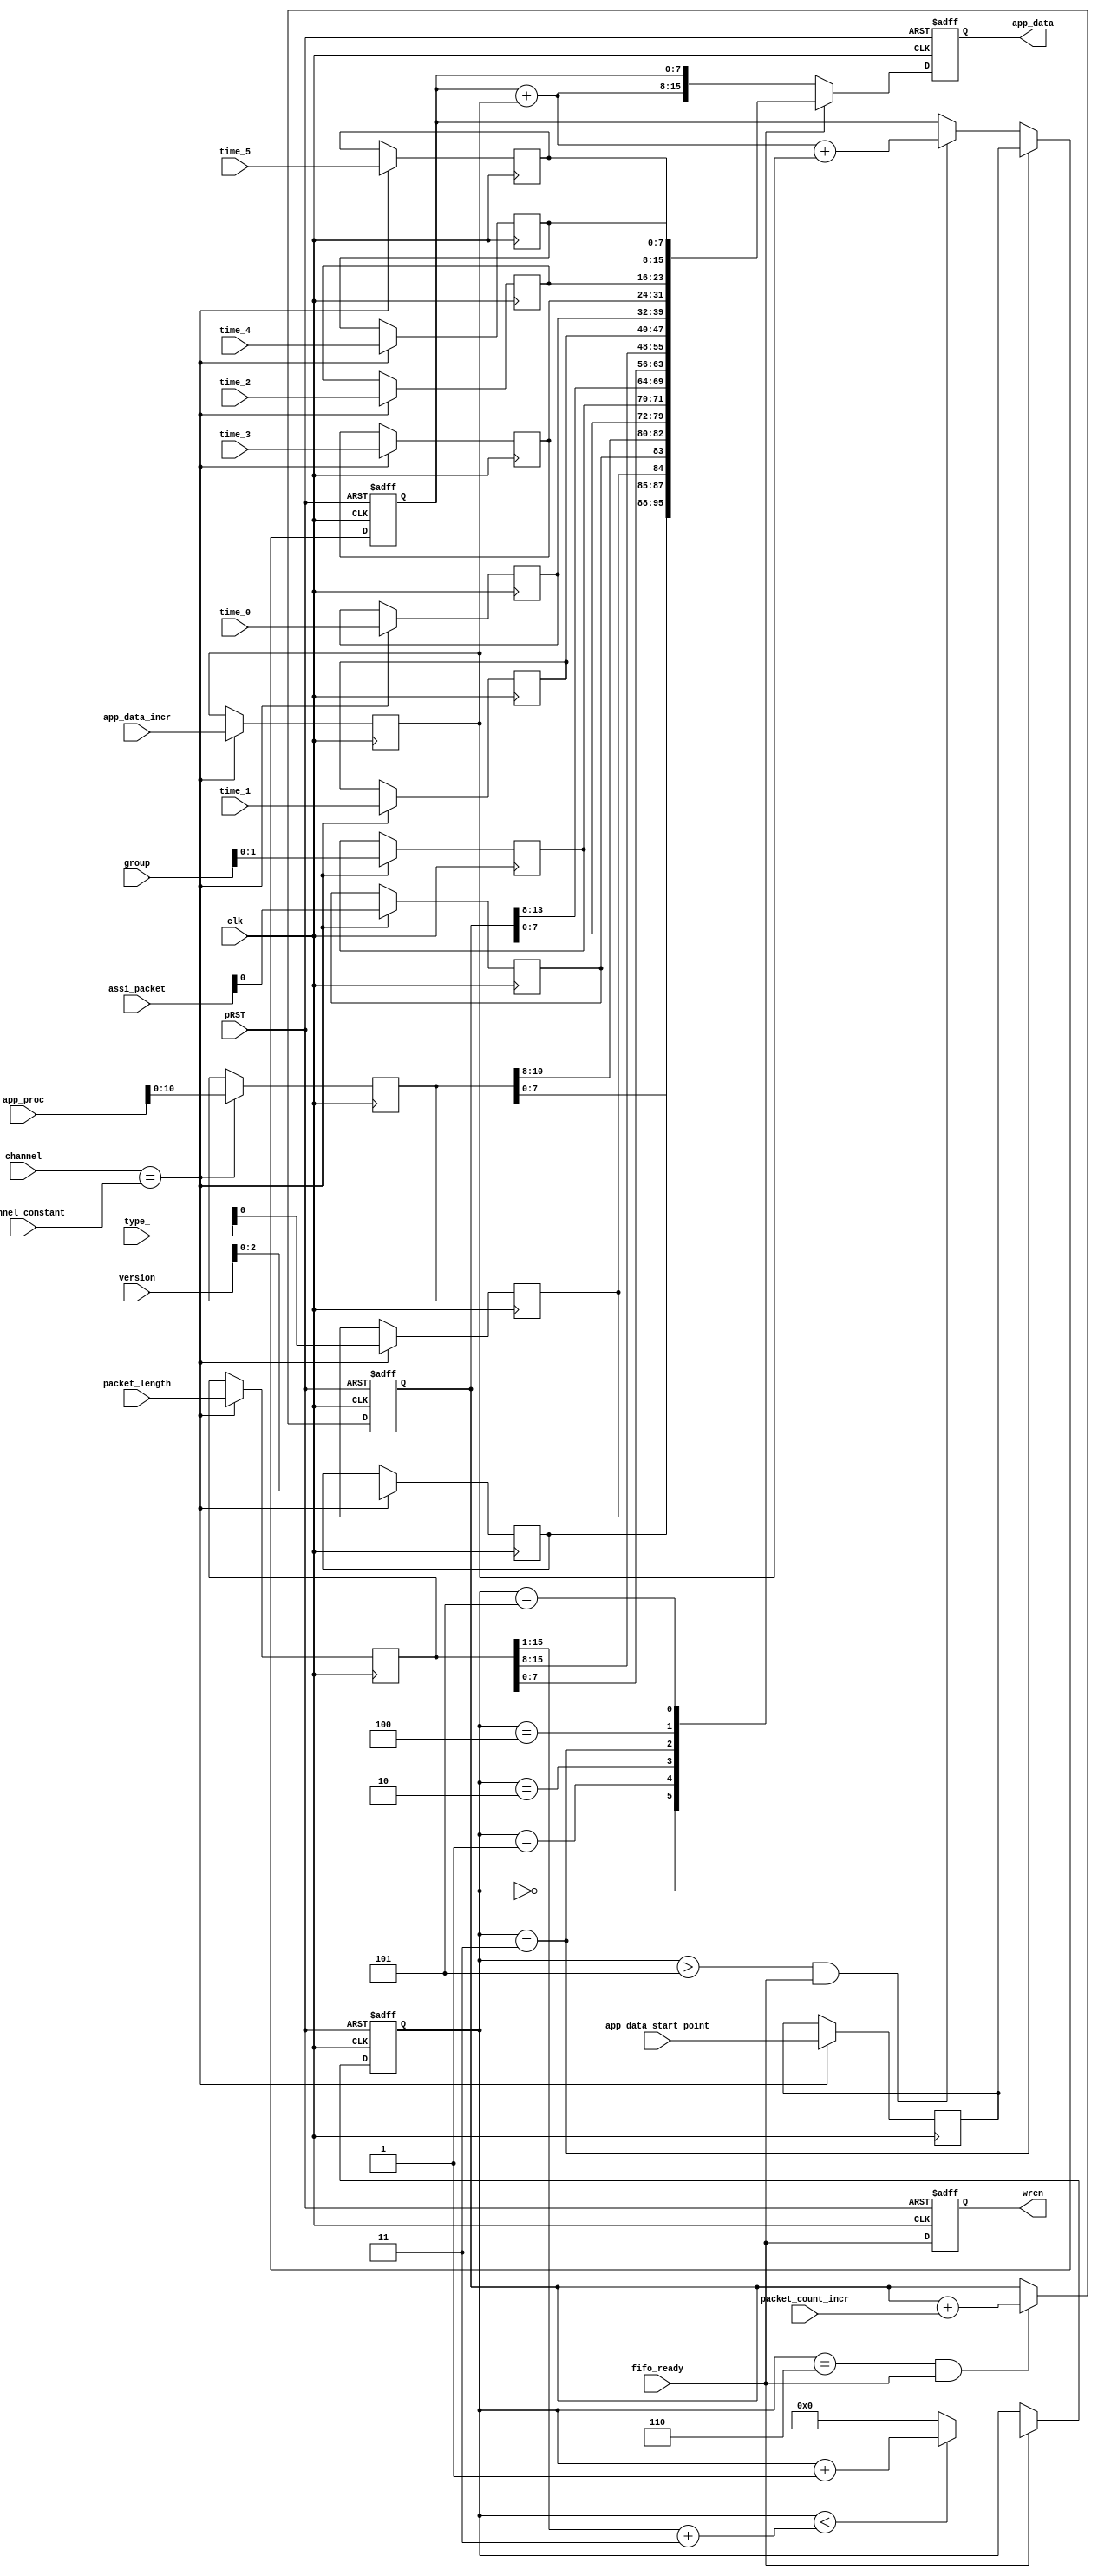
module   inner_frame_source(
							input clk,pRST,
							input [7:0]channel,
							input [7:0]channel_constant,
							input [7:0]version,
							input [7:0]type_,
							input [7:0]assi_packet,
							input [15:0]app_proc,
							input [7:0]group,
							input [7:0]packet_count_incr,
							input [15:0]packet_length,
							input [7:0]time_0,
							input [7:0]time_1,
							input [7:0]time_2,
							input [7:0]time_3,
							input [7:0]time_4,
							input [7:0]time_5,
							input [7:0]app_data_start_point,
							input [7:0]app_data_incr,
							input fifo_ready,
							
							output reg [15:0]app_data,
							output reg wren
							);
reg [2:0]version_reg=3'b000;
reg      tpye_reg = 1'b0;
reg      assi_packet_reg = 1'b1;
reg [10:0]app_proc_reg = 11'd0;
reg [1:0] group_reg = 2'b01;
reg [7:0]packet_count_incr_reg = 8'd1;
reg [15:0]packet_length_reg = 16'd1024;
reg [7:0]time_0_reg;
reg [7:0]time_1_reg;
reg [7:0]time_2_reg;
reg [7:0]time_3_reg;
reg [7:0]time_4_reg;
reg [7:0]time_5_reg;
reg [7:0]app_data_start_point_reg = 8'd0;
reg [7:0]app_data_incr_reg = 8'd1;

always @(posedge clk)
begin
	if(channel == channel_constant)
		begin
			version_reg <= version[2:0];
			tpye_reg    <= type_[0];
			assi_packet_reg <= assi_packet[0];
			app_proc_reg <= app_proc[10:0];
			group_reg <= group[1:0];
			packet_count_incr_reg <= packet_count_incr;
			packet_length_reg <= packet_length;
			time_0_reg <= time_0;
			time_1_reg <= time_1;
			time_2_reg <= time_2;
			time_3_reg <= time_3;
			time_4_reg <= time_4;
			time_5_reg <= time_5;
			app_data_start_point_reg <= app_data_start_point;
			app_data_incr_reg <= app_data_incr;
		end
end
reg [23:0]count;
always @(posedge clk or posedge pRST)
begin
	if(pRST)
		begin
			count <= 0;
		end
	else if(fifo_ready)
		begin
		
			if(count < {1'b0,packet_length_reg[15:1]} + 3)
				count <= count + 1'b1;
			else
				count <= 0;
		end
end
reg [13:0]packet_count;
always @(posedge clk or posedge pRST)
begin
	if(pRST)
		begin
			packet_count <= 0;
		end
	else if(count == 24'd6 && fifo_ready == 1)
		packet_count <= packet_count + packet_count_incr;
end
reg [7:0]inner_data;
always @(posedge clk or posedge pRST)
begin
	if(pRST)
		begin
			inner_data <= 0;
		end
	else if(count == 24'd3)
		inner_data <= app_data_start_point_reg;
	else if(count > 24'd5 && fifo_ready == 1)
		inner_data <= inner_data + app_data_incr_reg + app_data_incr_reg;
end

always @(posedge clk or posedge pRST)
begin
	if(pRST)
		begin
			app_data <= 0;
			wren <= 0;
		end
	else 
		begin
			wren <= fifo_ready;
			case(count)
				24'd0:app_data <= {app_proc_reg[7:0],{version_reg,tpye_reg,assi_packet_reg,app_proc_reg[10:8]}};
				24'd1:app_data <= {packet_count[7:0],{group_reg[1:0],packet_count[13:8]}};
				24'd2:app_data <= {packet_length_reg[7:0],packet_length_reg[15:8]};
				24'd3:app_data <= {time_1_reg,time_0_reg};
				24'd4:app_data <= {time_3_reg,time_2_reg};
				24'd5:app_data <= {time_5_reg,time_4_reg};
/*				24'd0:app_data <= {version_reg,tpye_reg,assi_packet_reg,app_proc_reg[10:8]};
				24'd1:app_data <= app_proc_reg[7:0];
				24'd2:app_data <= {group_reg[1:0],packet_count[13:8]};
				24'd3:app_data <= packet_count[7:0];
				24'd4:app_data <= packet_length_reg[15:8];
				24'd5:app_data <= packet_length_reg[7:0];
				24'd6:app_data <= time_0_reg;
				24'd7:app_data <= time_1_reg;
				24'd8:app_data <= time_2_reg;
				24'd9:app_data <= time_3_reg;
				24'd10:app_data <= time_4_reg;
				24'd11:app_data <= time_5_reg;*/
				default:app_data <= {inner_data+app_data_incr_reg,inner_data};
			endcase
		end
end
	
		
endmodule